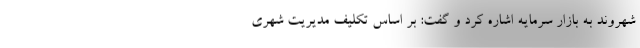
شهروند به بازار سرمایه اشاره کرد و گفت: بر اساس تکلیف مدیریت شهری